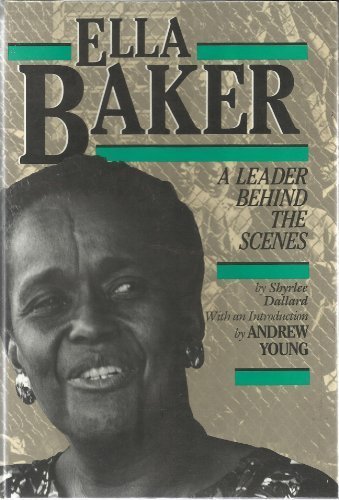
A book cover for Ella Baker: A Leader Behind the Scenes (History of the Civil Rights Movement); Shyrlee Dallard; Teen & Young Adult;